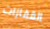
القفازات